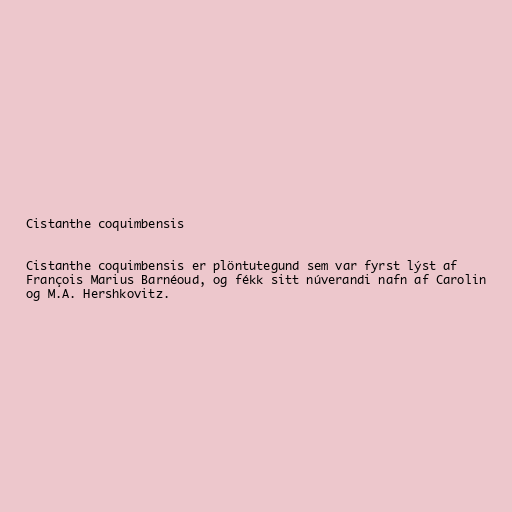
Cistanthe coquimbensis

Cistanthe coquimbensis er plöntutegund sem var fyrst lýst af
François Marius Barnéoud, og fékk sitt núverandi nafn af Carolin
og M.A. Hershkovitz.